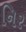
નિર